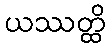
ယဿတ္ထိ